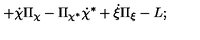
+ \dot { \chi } \Pi _ { \chi } - \Pi _ { \chi ^ { * } } \dot { \chi } ^ { * } + \dot { \xi } \Pi _ { \xi } - L ;